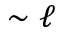
\sim \ell